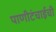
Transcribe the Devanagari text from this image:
पाणीटंचाईची